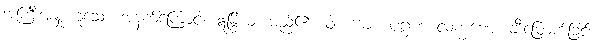
အကြီးအမှုးဟူသော အနက်ကြောင့်။ ဣန္ဒြိယံ၊ မည်၏။ ဝါ၊ ကား။ ပဂ္ဂဟ လက္ခဏေ၊ ချီးမြှောက်ခြင်း